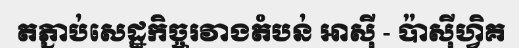
តភ្ជាប់សេដ្ឋកិច្ចរវាងតំបន់ អាស៊ី - ប៉ាស៊ីហ្វិគ